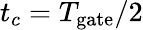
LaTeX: t_{c}=T_{\mathrm{gate}}/2